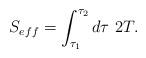
LaTeX: \begin{align*} S_{eff} = \int_{\tau_1}^{\tau_2} d \tau \ 2 T.\end{align*}